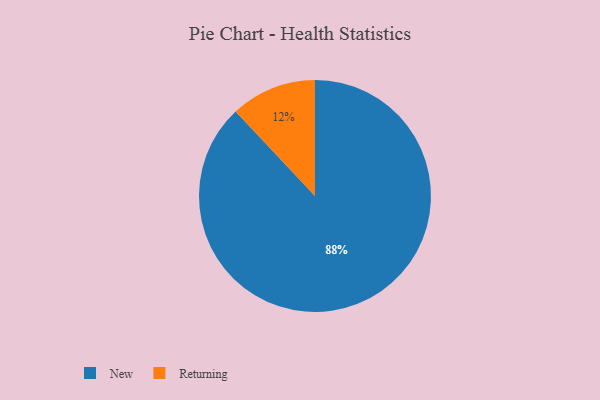
{"axis": {"x": "Category", "y": "Percentage"}, "legend": ["New", "Returning"], "data": [{"x": "New", "y": 88, "type": "New"}, {"x": "Returning", "y": 12, "type": "Returning"}]}